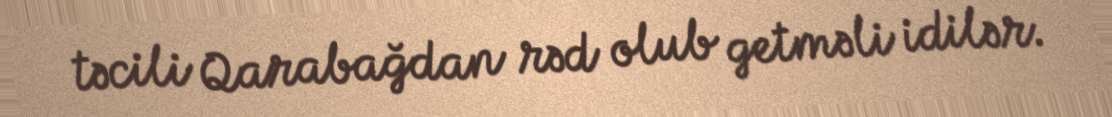
təcili Qarabağdan rəd olub getməli idilər.